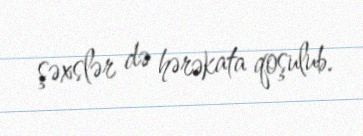
şəxslər də hərəkata qoşulub.